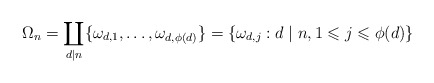
\begin{align*}\Omega_n = \coprod_{d\mid n} \{\omega_{d,1}, \dots, \omega_{d, \phi(d)}\} = \{\omega_{d,j}: d \mid n,1\leqslant j \leqslant \phi(d)\}\end{align*}